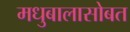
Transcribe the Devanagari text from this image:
मधुबालासोबत